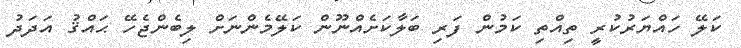
ކަލޭ ހައްޔަރުކުރީ ތިއްތި ކަމުން ފަރި ބަލާކަށެއްނޫން ކަލޭމެންނަށް ލިބެންޖެހޭ ޙައްޤު އަދަދު